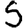
Digit: 5